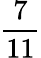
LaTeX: \frac{7}{11}